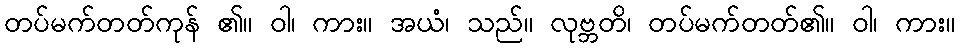
တပ်မက်တတ်ကုန် ၏။ ဝါ၊ ကား။ အယံ၊ သည်။ လုဗ္ဘတိ၊ တပ်မက်တတ်၏။ ဝါ၊ ကား။